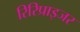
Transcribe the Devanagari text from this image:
रिरिप्राइजर